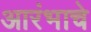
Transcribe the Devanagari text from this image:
आरंभाचे